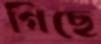
গিছে